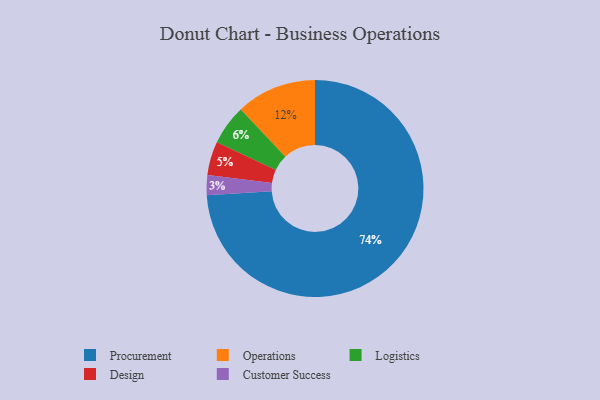
{"axis": {"x": "Category", "y": "Percentage"}, "legend": ["Customer Success", "Design", "Logistics", "Operations", "Procurement"], "data": [{"x": "Logistics", "y": 6, "type": "Logistics"}, {"x": "Customer Success", "y": 3, "type": "Customer Success"}, {"x": "Procurement", "y": 74, "type": "Procurement"}, {"x": "Design", "y": 5, "type": "Design"}, {"x": "Operations", "y": 12, "type": "Operations"}]}